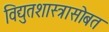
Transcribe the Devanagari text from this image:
विद्युतशास्त्रासोबत